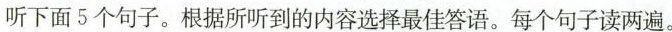
听下面5个句子.根据所听到的内容选择最佳答语.每个句子读两遍.